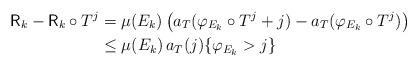
LaTeX: \begin{align*}\mathsf{R}_{k}-\mathsf{R}_{k}\circ T^{j} & =\mu(E_{k})\left( a_{T}(\varphi_{E_{k}}\circ T^{j}+j)-a_{T}(\varphi_{E_{k}}\circ T^{j})\right) \\& \leq\mu(E_{k})\,a_{T}(j)\{\varphi_{E_{k}}>j\}\end{align*}